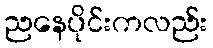
ညနေပိုင်းကလည်း